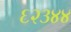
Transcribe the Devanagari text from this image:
६२३४४